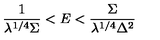
\frac { 1 } { \lambda ^ { 1 / 4 } \Sigma } < E < \frac { \Sigma } { \lambda ^ { 1 / 4 } \Delta ^ { 2 } }